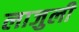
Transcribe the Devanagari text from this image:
लाजुली